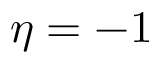
\eta = - 1